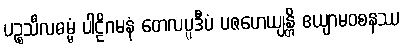
ပဉ္စသီလဓမ္မံ ပါဠိဂမနံ တေလပ္ပဒီပံ ပဇဟေယျန္တိ ဧယျာမဝစနဿ